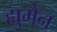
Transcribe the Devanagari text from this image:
ह्युमैन